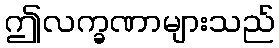
ဤလက္ခဏာများသည်